Source: Handwritten
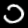
Digit: ၁ (1)